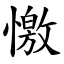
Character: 憿